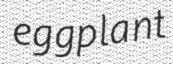
eggplant